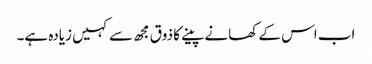
اب اس کے کھانے پینے کا ذوق مجھ سے کہیں زیادہ ہے۔